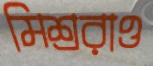
মিশ্ররাও